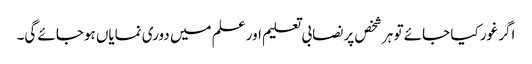
اگر غور کیا جائے تو ہر شخص پر نصابی تعلیم اور علم میں دوری نمایاں ہوجائے گی۔